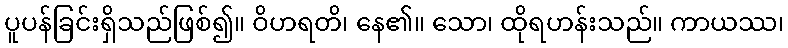
ပူပန်ခြင်းရှိသည်ဖြစ်၍။ ဝိဟရတိ၊ နေ၏။ သော၊ ထိုရဟန်းသည်။ ကာယဿ၊